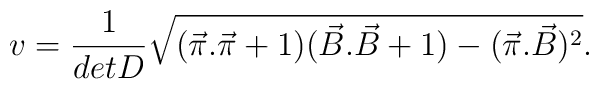
v = \frac{1}{detD}\sqrt{(\vec{\pi}.\vec{\pi}+ 1)(\vec{B}.\vec{B}+ 1) - (\vec{\pi}.\vec{B})^2}.